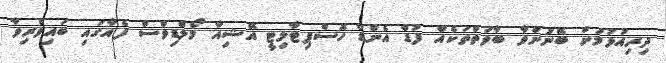
ދިރިއުޅުމަށް ބޭނުންވާ ބާވަތްތަކެއް ފުޑް އެންޑް ހޮސްޕިޓާލިޓީ އޭޝިއާ މޯލްޑިވްސް ފެއާގައި ބައިވެރިވާ